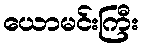
ယောမင်းကြီး